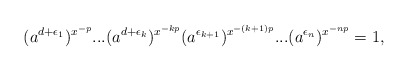
\begin{align*}(a^{d+\epsilon_{1}})^{x^{-p}} ... (a^{d+\epsilon_k})^{x^{-kp}}(a^{\epsilon_{k+1}})^{x^{-(k+1)p}} ... (a^{\epsilon_n})^{x^{-np}} = 1,\end{align*}